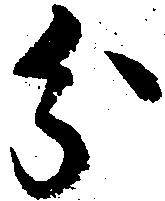
分